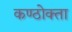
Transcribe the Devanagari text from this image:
कण्ठोक्ता